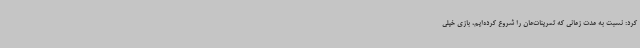
کرد: نسبت به مدت زمانی که تمرینات‌مان را شروع کرده‌ایم، بازی خیلی